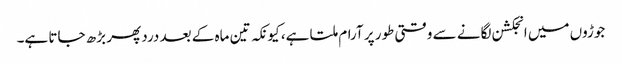
جوڑوں میں انجکشن لگانے سے وقتی طور پر آرام ملتا ہے، کیونکہ تین ماہ کے بعد درد پھر بڑھ جاتا ہے۔